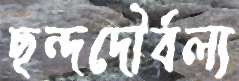
ছন্দদৌর্বল্য